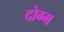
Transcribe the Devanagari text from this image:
दोग्म